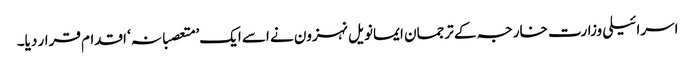
اسرائیلی وزارت خارجہ کے ترجمان ایمانویل نہزون نے اسے ایک’ متعصبانہ‘ اقدام قرار دیا۔